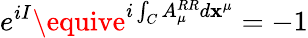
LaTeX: e^{iI}\equive^{i\int_{C}A_{\mu}^{RR}d\mathbf{x}^{\mu}}=-1